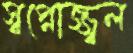
স্বপ্নোজ্জ্বল